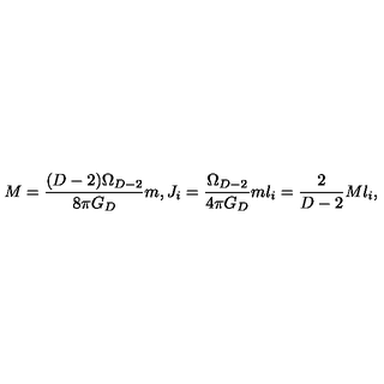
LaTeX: M = { \frac { ( D - 2 ) \Omega _ { D - 2 } } { 8 \pi G _ { D } } } m , J _ { i } = { \frac { \Omega _ { D - 2 } } { 4 \pi G _ { D } } } m l _ { i } = { \frac { 2 } { D - 2 } } M l _ { i } ,